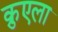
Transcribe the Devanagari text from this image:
क्रुएला